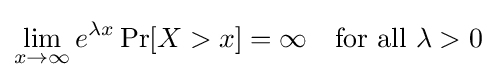
\lim _{x\to \infty }e^{\lambda x}\Pr[X>x]=\infty \quad {\mbox{for all }}\lambda >0